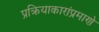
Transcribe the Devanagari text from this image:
प्रक्रियाकारांप्रमाणे